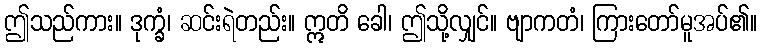
ဤသည်ကား။ ဒုက္ခံ၊ ဆင်းရဲတည်း။ ဣတိ ခေါ၊ ဤသို့လျှင်။ ဗျာကတံ၊ ကြားတော်မူအပ်၏။